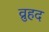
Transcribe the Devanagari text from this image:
व्रुहद